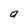
Character: a